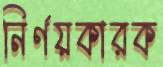
নির্ণয়কারক